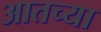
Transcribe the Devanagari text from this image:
आतच्या